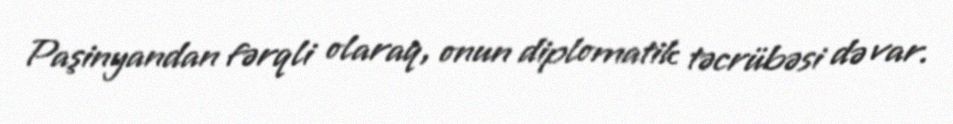
Paşinyandan fərqli olaraq, onun diplomatik təcrübəsi də var.